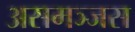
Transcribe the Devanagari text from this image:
असमञ्जस